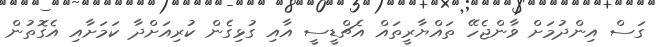
ގަސް އިންދުމަށް ވާންޖެހޭ ތައްޔާރީތައް އެޗްޑީސީ އާއި ގުޅިގެން ކުރިއަށްދާ ކަމަށާއި އެގޮތުން